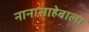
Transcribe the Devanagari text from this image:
नानासाहेबाला